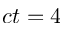
c t = 4